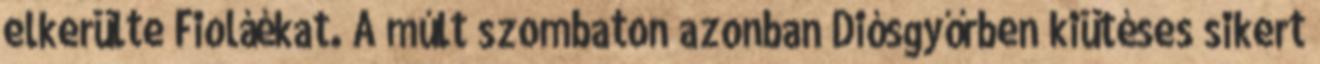
elkerülte Fioláékat. A múlt szombaton azonban Diósgyőrben kiütéses sikert